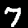
Label: 7